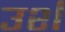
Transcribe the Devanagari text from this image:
उर्श